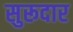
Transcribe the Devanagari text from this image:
सुरूदार